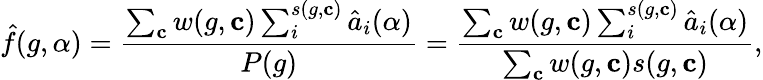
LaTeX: \hat{f}(g,\alpha)=\frac{\sum_{\mathbf{c}}w(g,\mathbf{c})\sum_{i}^{s(g,\mathbf{c})}\hat{a}_{i}(\alpha)}{P(g)}=\frac{\sum_{\mathbf{c}}w(g,\mathbf{c})\sum_{i}^{s(g,\mathbf{c})}\hat{a}_{i}(\alpha)}{\sum_{\mathbf{c}}w(g,\mathbf{c})s(g,\mathbf{c})},